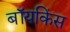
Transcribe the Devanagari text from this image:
बॉयकिंस